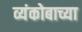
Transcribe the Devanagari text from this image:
व्यंकोबाच्या